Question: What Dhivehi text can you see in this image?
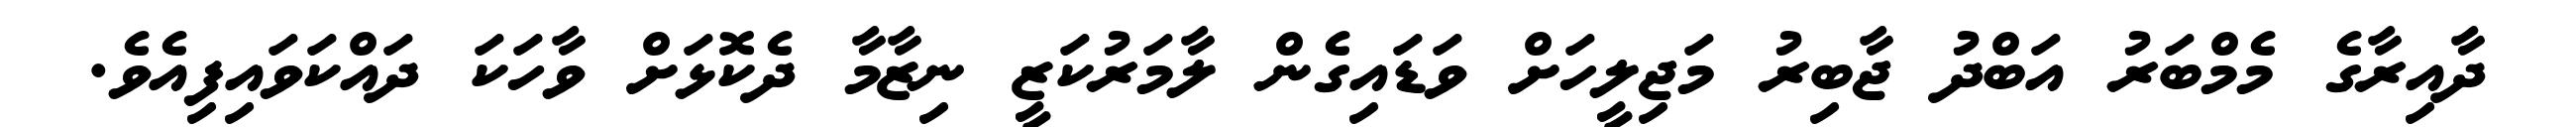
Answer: ދާއިރާގެ މެމްބަރު އަބްދު ޖާބިރު މަޖިލީހަށް ވަޑައިގެން ލާމަރުކަޒީ ނިޒާމާ ދެކޮޅަށް ވާހަކަ ދައްކަވައިފިއެވެ.